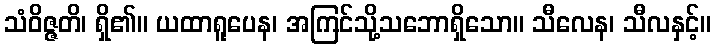
သံဝိဇ္ဇတိ၊ ရှိ၏။ ယထာရူပေန၊ အကြင်သို့သဘောရှိသော။ သီလေန၊ သီလနှင့်။